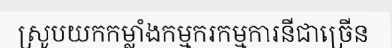
ស្រូបយកកម្លាំងកម្មករកម្មការនីជាច្រើន